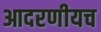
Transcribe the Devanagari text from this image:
आदरणीयच